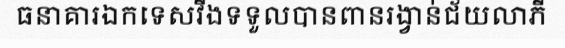
ធនាគារឯកទេសវីងទទួលបានពានរង្វាន់ជ័យលាភី